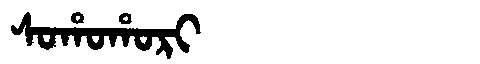
Manchu: ᠰᠣᡥᠣᡥᠣᡵᡳ
Romanization: SOHOHORI